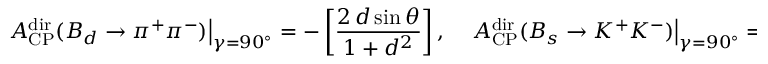
\left. { \cal A } _ { \mathrm { C P } } ^ { \mathrm { d i r } } ( B _ { d } \to \pi ^ { + } \pi ^ { - } ) \right| _ { \gamma = 9 0 ^ { \circ } } = - \left[ \frac { 2 \, d \sin \theta } { 1 + d ^ { 2 } } \right] , \quad \left. { \cal A } _ { \mathrm { C P } } ^ { \mathrm { d i r } } ( B _ { s } \to K ^ { + } K ^ { - } ) \right| _ { \gamma = 9 0 ^ { \circ } } = + \left[ \frac { 2 \, \epsilon \, d ^ { \prime } \sin \theta ^ { \prime } } { \epsilon ^ { 2 } + d ^ { 2 } } \right] ,